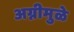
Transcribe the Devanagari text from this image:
अग्नीमुळे